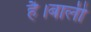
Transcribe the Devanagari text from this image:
है।बाली